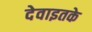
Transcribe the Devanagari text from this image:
देवाइतके